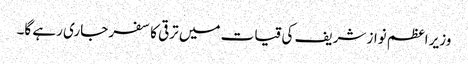
وزیر اعظم نواز شریف کی قیات میں ترقی کا سفر جاری رہے گا۔